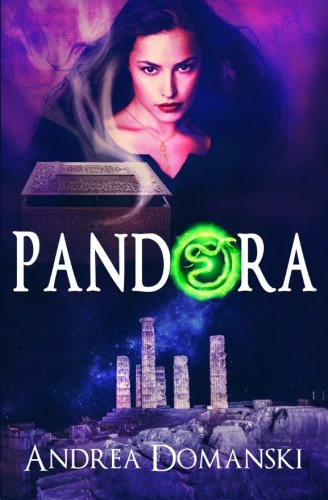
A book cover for Pandora (The Omega Group) (Volume 3); Andrea Domanski; Science Fiction & Fantasy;